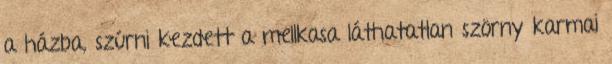
a házba, szúrni kezdett a mellkasa láthatatlan szörny karmai